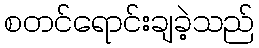
စတင်ရောင်းချခဲ့သည်